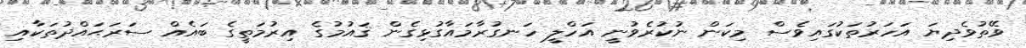
ވޭތުވެދިޔަ އަހަރުތަކުގައިވެސް މިކަން ނުކުރެވުނީ އަހްލީ ހަނގުރާމައާގުޅިގެން ޤައުމުގެ އިރުމަތީގެ ބައެއް ސަރަޙައްދުތަކާއި